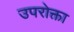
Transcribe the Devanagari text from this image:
उपरोक्ता